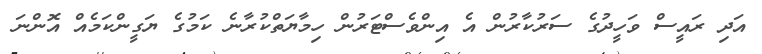
އަދި ރައީސް ވަހީދުގެ ސަރުކާރުން އެ އިންވެސްޓަރުން ހިމާޔަތްކުރާނެ ކަމުގެ ޔަގީންކަމެއް އޮންނަ